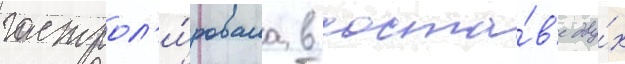
гастрол'и́ровала в соста́в'е дву́х